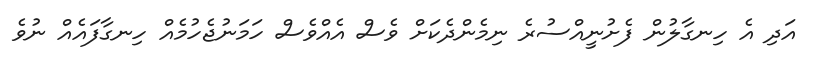
އަދި އެ ހިނގާލުން ފެށުނީއްސުރެ ނިމެންދެކަށް ވެސް އެއްވެސް ހަމަނުޖެހުމެއް ހިނގާފައެއް ނުވެ